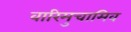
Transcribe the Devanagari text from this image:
वारिमुचामिव